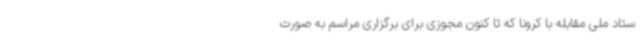
ستاد ملی مقابله با کرونا که تا کنون مجوزی برای برگزاری مراسم به صورت